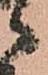
之